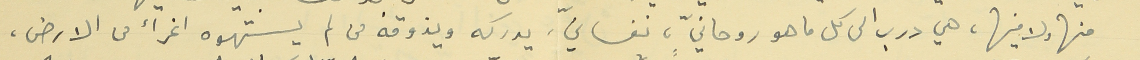
منها ولا فيها، هي درب الى كل ما هو روحانيّ، نفسانيّ، يدركه ويذوقه من لم يستهوه اغراء من الارض